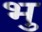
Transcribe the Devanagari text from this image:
भु